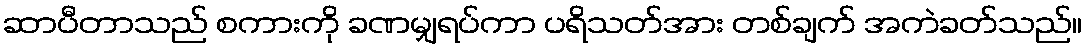
ဆာပီတာသည် စကားကို ခဏမျှရပ်ကာ ပရိသတ်အား တစ်ချက် အကဲခတ်သည်။